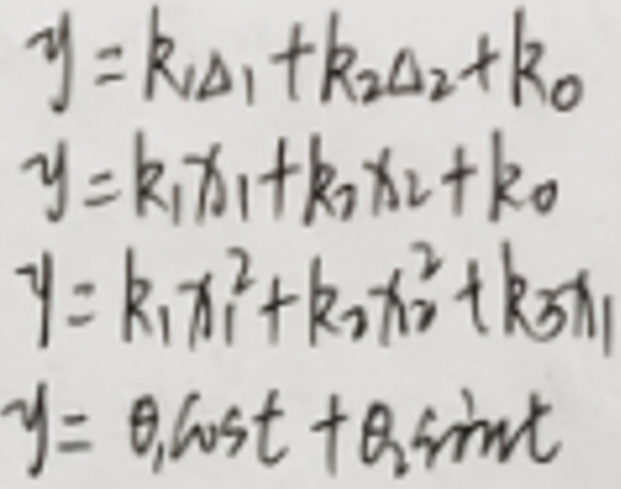
\begin{align*}
y &= k_1\Delta_1 + k_2\Delta_2 + k_0\\
y &= k_1x_1 + k_2x_2 + k_0\\
y &= k_1x_1^2 + k_2x_2^2 + k_{31}\\
y &= \theta_1\cos t+\theta_2\sin t
\end{align*}